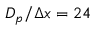
D _ { p } / \Delta x = 2 4